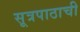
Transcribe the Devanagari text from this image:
सूत्रपाठाची